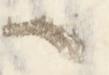
ハ